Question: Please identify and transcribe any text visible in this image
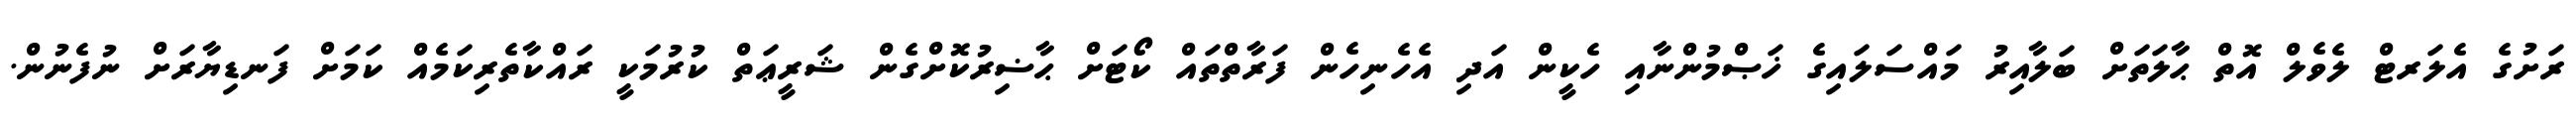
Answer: ރަށުގެ އެލަރޓް ލެވެލް އޮތް ޙާލަތަށް ބަލާއިރު މައްސަލައިގެ ޚަޞްމުންނާއި ހެކީން އަދި އެހެނިހެން ފަރާތްތައް ކޯޓަށް ޙާޟިރުކޮށްގެން ޝަރީޢަތް ކުރުމަކީ ރައްކާތެރިކަމެއް ކަމަށް ފަނޑިޔާރަށް ނުފެނުން.